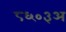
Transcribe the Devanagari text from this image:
८६०३अ